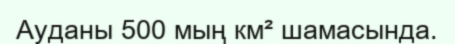
Ауданы 500 мың км² шамасында.